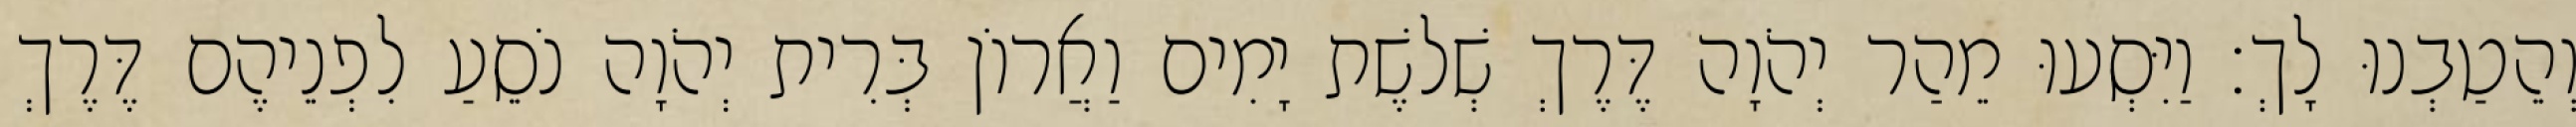
וְהֵטַבְנוּ לָךְ׃ וַיִּסְעוּ מֵהַר יְהֹוָה דֶּרֶךְ שְׁלשֶׁת יָמִים וַאֲרוֹן בְּרִית יְהֹוָה נֹסֵעַ לִפְנֵיהֶם דֶּרֶךְ